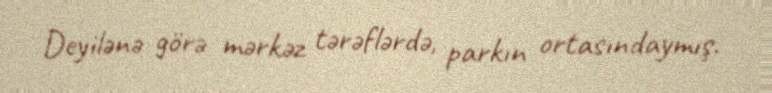
Deyilənə görə mərkəz tərəflərdə, parkın ortasındaymış.